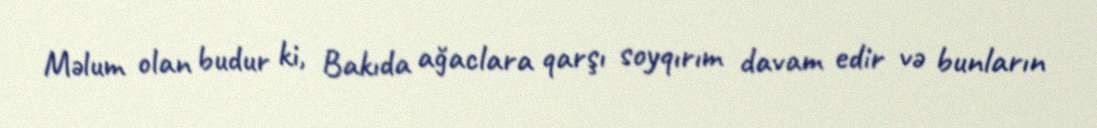
Məlum olan budur ki, Bakıda ağaclara qarşı soyqırım davam edir və bunların